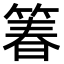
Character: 箺